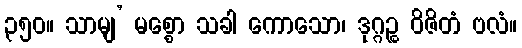
၃၅၀။ သာမျ’ မစ္စော သခါ ကောသော၊ ဒုဂ္ဂဉ္စ ဝိဇိတံ ဗလံ။